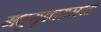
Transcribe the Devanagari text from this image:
मधुसूदनसरस्वती